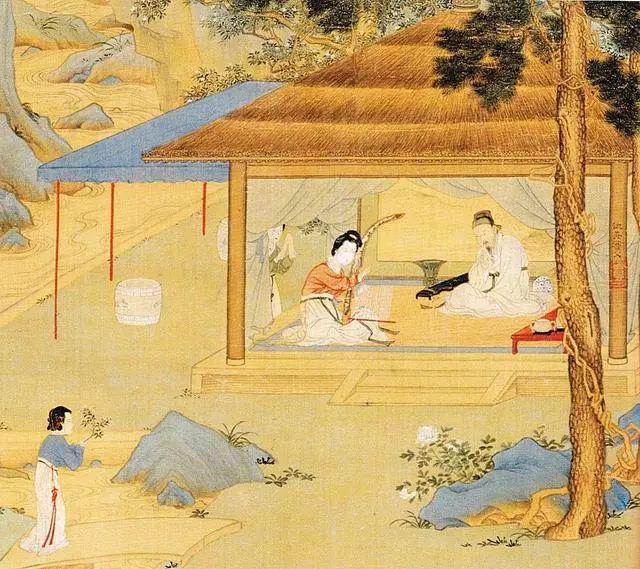
江娥啼竹素女愁，李凭中国弹箜篌。